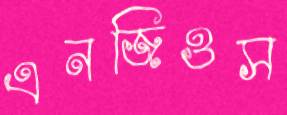
এনজিওস